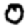
Digit: 0